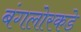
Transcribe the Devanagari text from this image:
बंगलोरकडे